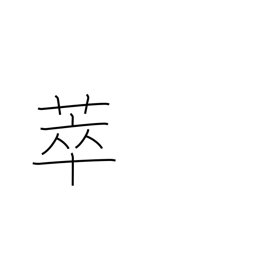
Meaning: collect